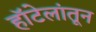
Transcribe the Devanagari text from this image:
हॉटेलांतून